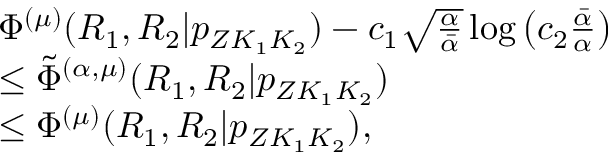
\begin{array} { r l } & { \Phi ^ { ( \mu ) } ( R _ { 1 } , R _ { 2 } | { p _ { Z K _ { 1 } K _ { 2 } } } ) - c _ { 1 } \sqrt { \frac { \alpha } { \bar { \alpha } } } \log \left( c _ { 2 } \frac { \bar { \alpha } } { \alpha } \right) } \\ & { \leq \tilde { \Phi } ^ { ( \alpha , \mu ) } ( R _ { 1 } , R _ { 2 } | { p _ { Z K _ { 1 } K _ { 2 } } } ) } \\ & { \leq \Phi ^ { ( \mu ) } ( R _ { 1 } , R _ { 2 } | { p _ { Z K _ { 1 } K _ { 2 } } } ) , } \end{array}